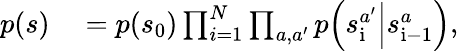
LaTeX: \begin{array}{rl}{p(s)}&{{}=p(s_{0})\prod_{i=1}^{N}\prod_{a,a^{\prime}}p\Big(s_{\mathrm{i}}^{a^{\prime}}\Big|s_{\mathrm{i-1}}^{a}\Big),}\end{array}